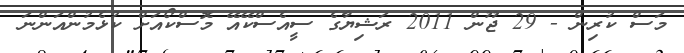
މަސް ކުރިން - 29 ޖޫން 2011 ރަޝިޔާގެ ސީއެސްކޭއޭ މޮސްކޯއަށް ކުޅެމުންއަންނަ